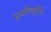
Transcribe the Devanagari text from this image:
यूबीक्यूटिन